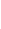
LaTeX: \! \! \! \! \! \! \! \! \! \! \! \Gamma\! \! \! \! \! \! \! \! \! \! \! \! =\! \! \! \! \! \! \! \! \! \! \! \! \{ \mathbf{A}\! \! \! \! \! \! \! \! \! \! \! \! (\! \! \! \! \! \! \! \! \! \! \! \! \mathbf{{x}}\! \! \! \! \! \! \! \! \! \! \! \! )\! \! \! \! \! \! \! \! \! \! \! \! :\! \! \! \! \! \! \! \! \! \! \! \! ,x\! \! \! \! \! \! \! \! \! \! \! \! \in\! \! \! \! \! \! \! \! \! \! \! \! \gamma\! \! \! \! \! \! \! \! \! \! \! \! \} \! \! \! \! \! \! \! \! \! \! \!